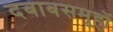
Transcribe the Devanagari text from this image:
दबाबसमूहों